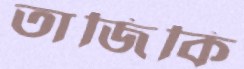
তাজিকি